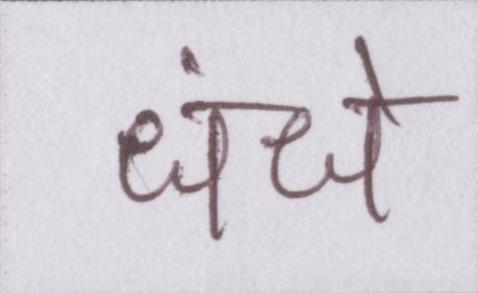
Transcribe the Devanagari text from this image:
धंधे